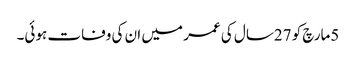
5مارچ کو 27سال کی عمر میں ان کی وفات ہوئی۔